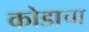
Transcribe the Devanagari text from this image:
कोडाचा